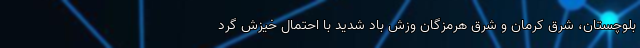
بلوچستان، شرق کرمان و شرق هرمزگان وزش باد شدید با احتمال خیزش گرد